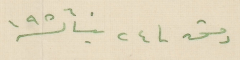
دمشق فى ٢٤ نيسان سنة ١٩٥٦